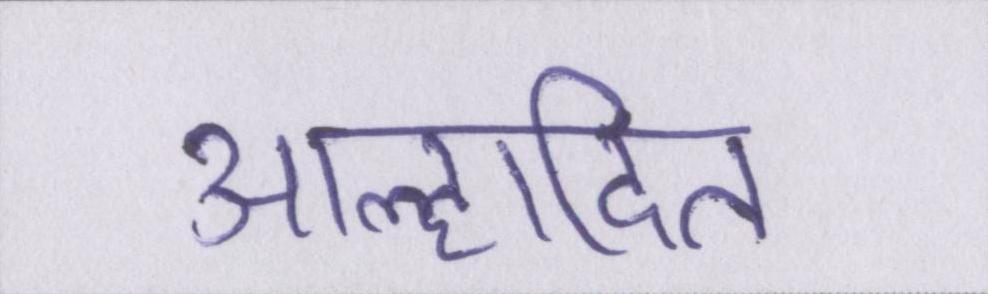
आह्लादित